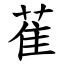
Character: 萑